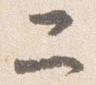
二